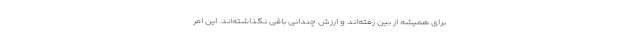
برای همیشه از بین رفته‌اند و ارزش چندانی باقی نگذاشته‌اند. این امر